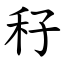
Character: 秄